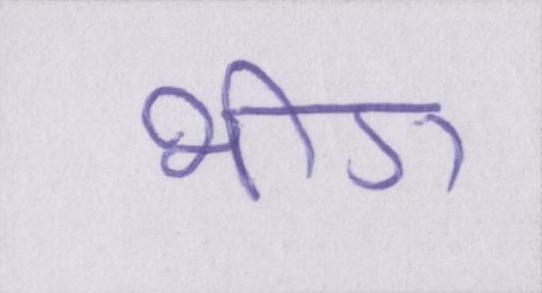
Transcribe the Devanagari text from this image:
भीग